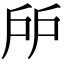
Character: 𢨯